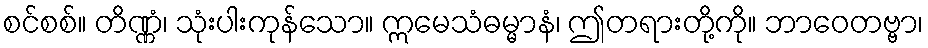
စင်စစ်။ တိဏ္ဏံ၊ သုံးပါးကုန်သော။ ဣမေသံဓမ္မာနံ၊ ဤတရားတို့ကို။ ဘာဝေတဗ္ဗာ၊